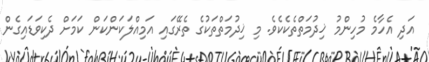
އަދި އެހާމެ މުހިންމު ޚިދުމަތްތެކެކެވެ. މި ޚިދުމަތްތަކުގެ ތެރޭގައި އަމިއްލަކަންކަން ކަމަށް ދެކިވަޑައިގެން